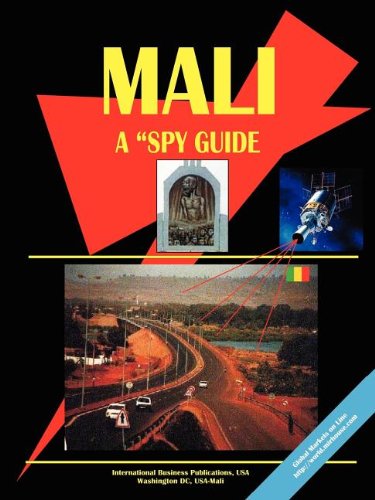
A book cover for Mali: A Spy Guide; Ibp Usa; Travel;